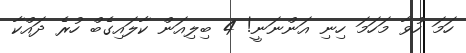
ހަމަ ހުވާ މަހަމަ ހިނި އަންނަނީ! 4 ބިލިއަން ކާލައިގެބް ހުރެ ދައްކާ